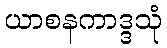
ယာစနကာဒ္ဒသုံ